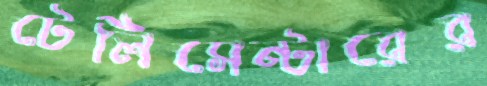
টেলিসেন্টারের